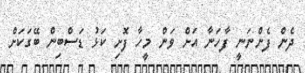
ދެން ފެންނަނީ ފާހަނާ އަށް ވަން މީހާ ފޮށި ކަޅު ޑަސްބިން ބޭގަކަށް